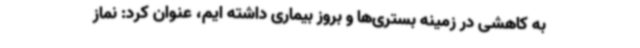
به کاهشی در زمینه بستری‌ها و بروز بیماری داشته ایم، عنوان کرد: نماز